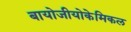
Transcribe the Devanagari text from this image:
बायोजीयोकेमिकल